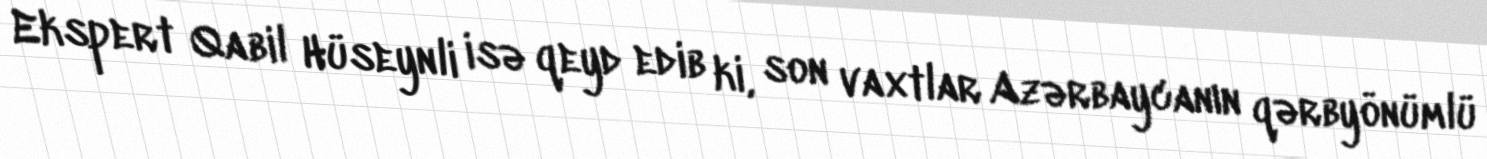
Ekspert Qabil Hüseynli isə qeyd edib ki, son vaxtlar Azərbaycanın qərbyönümlü